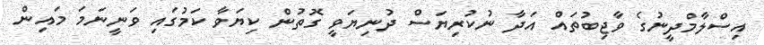
އިސްލާމްދީނުގެ ވާޖިބުތައް އަދާ ނުކުރިޔަސް ދުނިޔަވީ ގޮތުން ކިޔަވާ ކަމުގައި ވަނީނަމަ މައިން